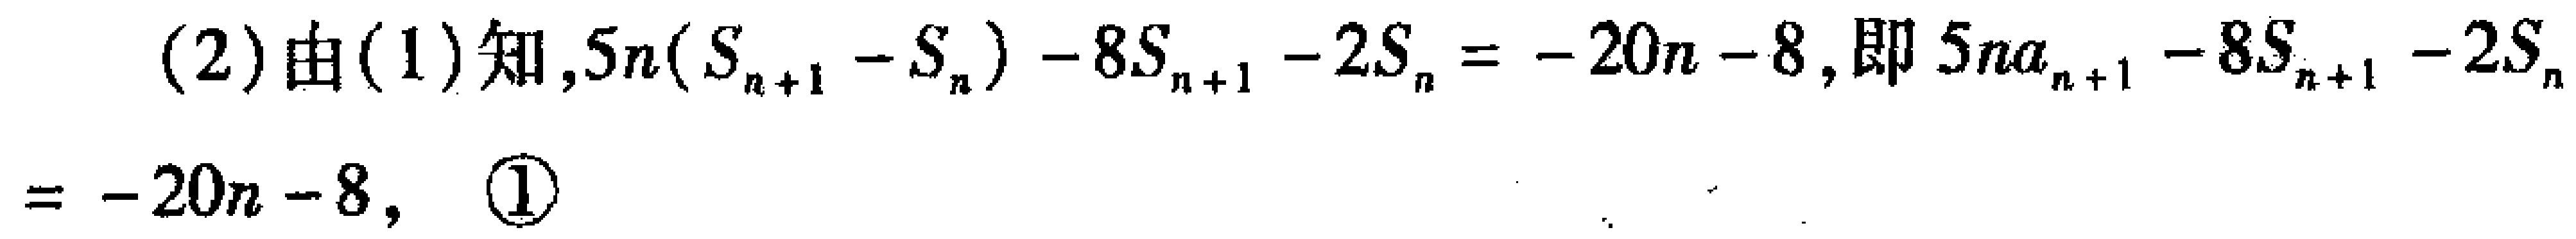
(2)由(1)知,$5n(S_{n + 1} - S_{n}) - 8S_{n + 1} - 2S_{n} = - 20n - 8$,即$5na_{n + 1} - 8S_{n + 1} - 2S_{n}$
$= - 20n - 8$, \textcircled{1}